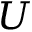
{ U }